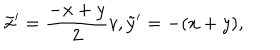
\tilde { x } ^ { \prime } = \frac { - x + y } { 2 } v , \tilde { y } ^ { \prime } = - ( x + y ) ,